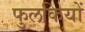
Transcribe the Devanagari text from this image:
फुलकियों